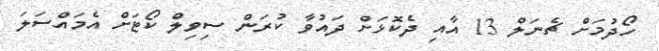
ހޯދުމަށް ޗެނަލް 13 އާއި ދެކޮޅަށް ދައުވާ ކުރަން ސިވިލް ކޯޓަށް އެމައްސަލަ